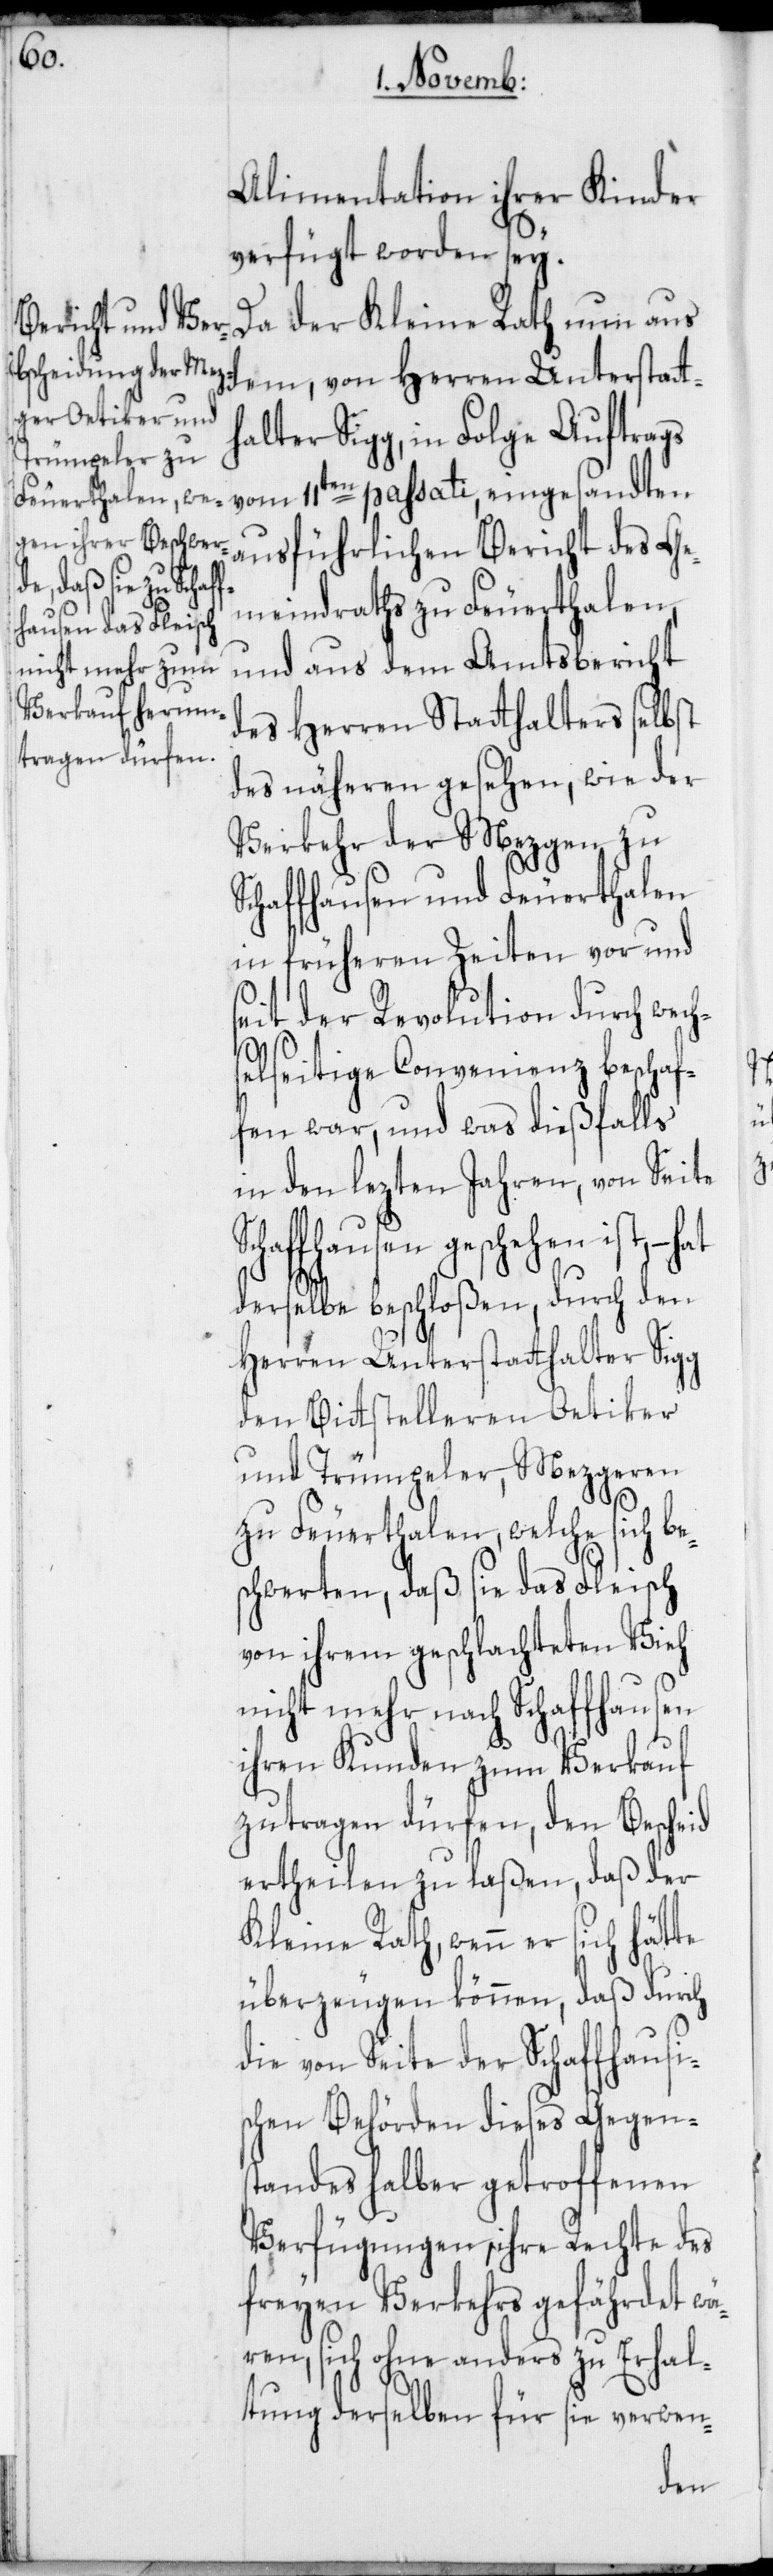
e¬
Alimentation ihrer Kinder
verfügt worden sey.
Da der Kleine Rath nun aus
g, in Folge Auftrags
vom 11ten passati eingesandten
ausführlichen Bericht des Ge¬
meindraths zu Feuerthalen,
und aus dem Amtsbericht
des Herren Statthalters selbst
des näheren gesehen, wie der
Verkehr der Mezgen zu
Schaffhausen und Feuerthalen
in früheren Zeiten vor und
seit der Revolution durch wech¬
selseitige Convenienz beschaf¬
fen war, und was dießfalls
in den lezten Jahren, von Seite
haffhausen geschehen ist, –
derselbe beschloßen, durch den
Herren Unterstatthalter Sigg
den Bittstelleren Oetiker
und Trümpeler, Mezgeren
zu Feuerthalen, welche sich b¬
schwerten, daß sie das Fleisch
von ihrem geschlachteten Vieh
nicht mehr nach Schaffhausen
ihren Kunden zum Verkauf
zutragen dürfen, den Bescheid
ertheilen zu laßen, daß der
Kleine Rath, wenn er sich hätte
überzeugen können, daß durch
die von Seite der Schaffhausi¬
schen Behörden dieses Gegens¬
tandes halber getroffenen
Verfügungen, ihre Rechte des
freyen Verkehrs gefährdet wä¬
ren, sich ohne anders zu Erhal¬
tung derselben für sie verwen-
dem,